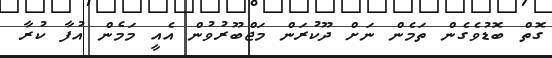
ގޮތް ބޮޑުވެގެން ތަމެން ނަށް ދޫކުރަން މަޖްބޫރުވުން އެއީ މަމެން އުފާ ކުރާ